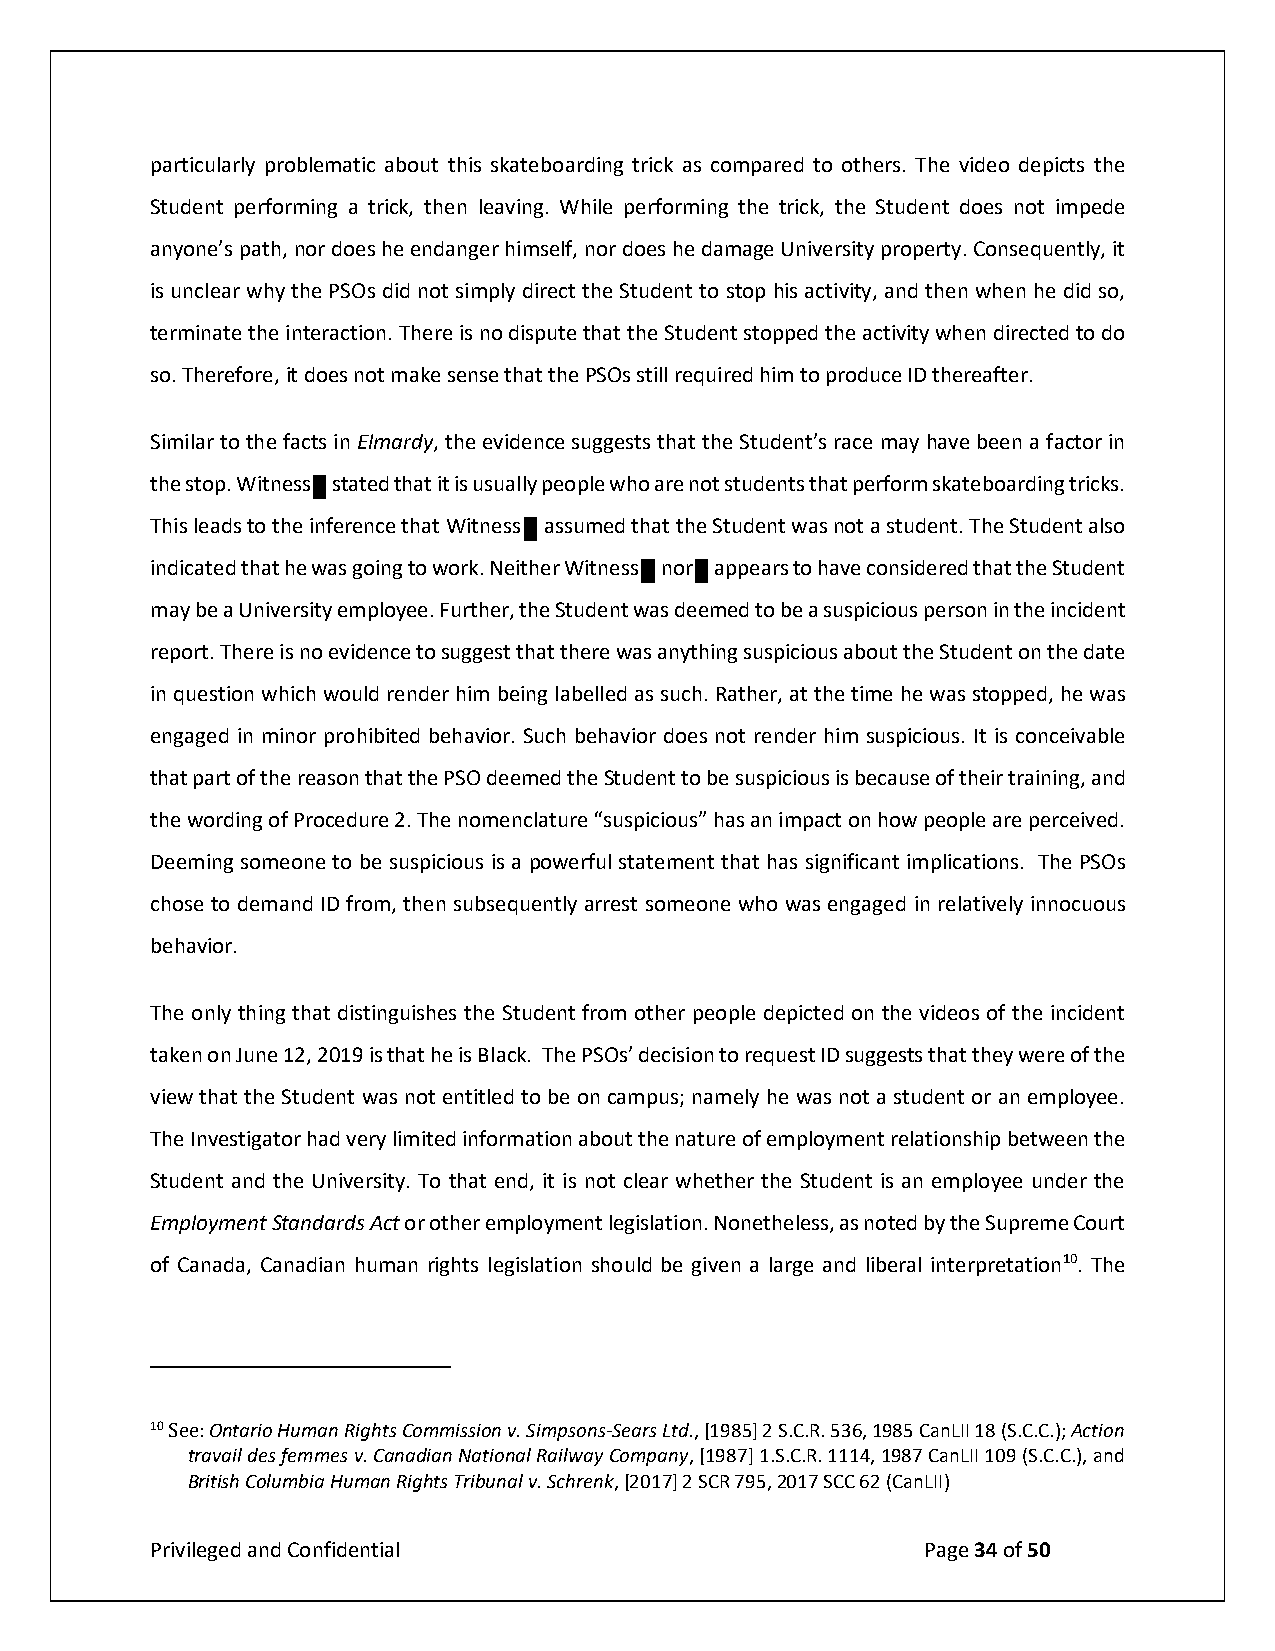
particularly problematic about this skateboarding trick as compared to others. The video depicts the
 Student performing a trick, then leaving. While performing the trick, the Student does not impede
 anyone’s path, nor does he endanger himself, nor does he damage University property. Consequently, it
 is unclear why the PSOs did not simply direct the Student to stop his activity, and then when he did so,
 terminate the interaction. There is no dispute that the Student stopped the activity when directed to do
 so. Therefore, it does not make sense that the PSOs still required him to produce ID thereafter.
 Similar to the facts in Elmardy, the evidence suggests that the Student’s race may have been a factor in
 the stop. Witness stated that it is usually people who are not students that perform skateboarding tricks.
 This leads to the inference that Witness assumed that the Student was not a student. The Student also
 indicated that he was going to work. Neither Witness nor appears to have considered that the Student
 may be a University employee. Further, the Student was deemed to be a suspicious person in the incident
 report. There is no evidence to suggest that there was anything suspicious about the Student on the date
 in question which would render him being labelled as such. Rather, at the time he was stopped, he was
 engaged in minor prohibited behavior. Such behavior does not render him suspicious. It is conceivable
 that part of the reason that the PSO deemed the Student to be suspicious is because of their training, and
 the wording of Procedure 2. The nomenclature “suspicious” has an impact on how people are perceived.
 Deeming someone to be suspicious is a powerful statement that has significant implications. The PSOs
 chose to demand ID from, then subsequently arrest someone who was engaged in relatively innocuous
 behavior.
 10 See: Ontario Human Rights Commission v. Simpsons-Sears Ltd., [1985] 2 S.C.R. 536, 1985 CanLII 18 (S.C.C.); Action
 travail des femmes v. Canadian National Railway Company, [1987] 1.S.C.R. 1114, 1987 CanLII 109 (S.C.C.), and
 British Columbia Human Rights Tribunal v. Schrenk, [2017] 2 SCR 795, 2017 SCC 62 (CanLII)
 Privileged and Confidential                        Page 34 of 50
 The only thing that distinguishes the Student from other people depicted on the videos of the incident
 taken on June 12, 2019 is that he is Black. The PSOs’ decision to request ID suggests that they were of the
 view that the Student was not entitled to be on campus; namely he was not a student or an employee.
 The Investigator had very limited information about the nature of employment relationship between the
 Student and the University. To that end, it is not clear whether the Student is an employee under the
 Employment Standards Act or other employment legislation. Nonetheless, as noted by the Supreme Court
 of Canada, Canadian human rights legislation should be given a large and liberal interpretation10. The